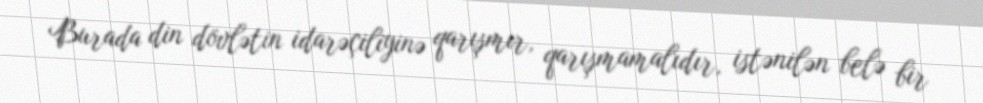
Burada din dövlətin idarəçiliyinə qarışmır, qarışmamalıdır, istənilən belə bir